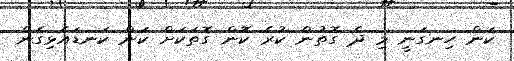
ކަން ހިނގަނީ މި ދެ ގޮތުން ކުރެ ކޮން ގޮތަކަށް ކަން ކަނޑައެޅިގެން